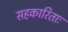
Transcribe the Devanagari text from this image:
सहकारिताः